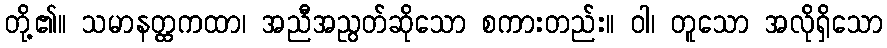
တို့၏။ သမာနတ္ထကထာ၊ အညီအညွတ်ဆိုသော စကားတည်း။ ဝါ၊ တူသော အလိုရှိသော